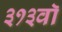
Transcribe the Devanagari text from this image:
३१३वॉ